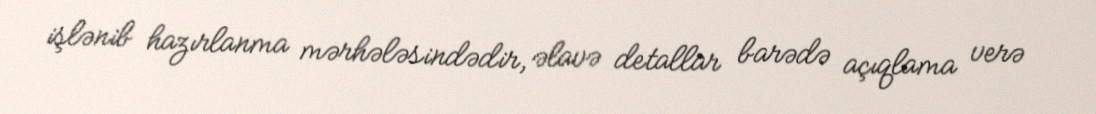
işlənib hazırlanma mərhələsindədir, əlavə detallar barədə açıqlama verə